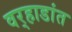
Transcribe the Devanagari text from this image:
वर्‍हाडांत